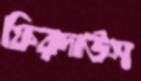
ফিরদাউস